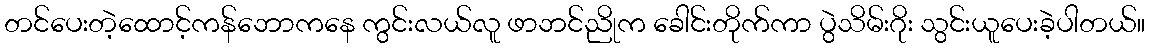
တင်ပေးတဲ့ထောင့်ကန်ဘောကနေ ကွင်းလယ်လူ ဖာဘင်ညိုက ခေါင်းတိုက်ကာ ပွဲသိမ်းဂိုး သွင်းယူပေးခဲ့ပါတယ်။